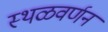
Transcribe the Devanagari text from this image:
स्थळवर्णन